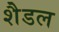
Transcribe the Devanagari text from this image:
शैडल